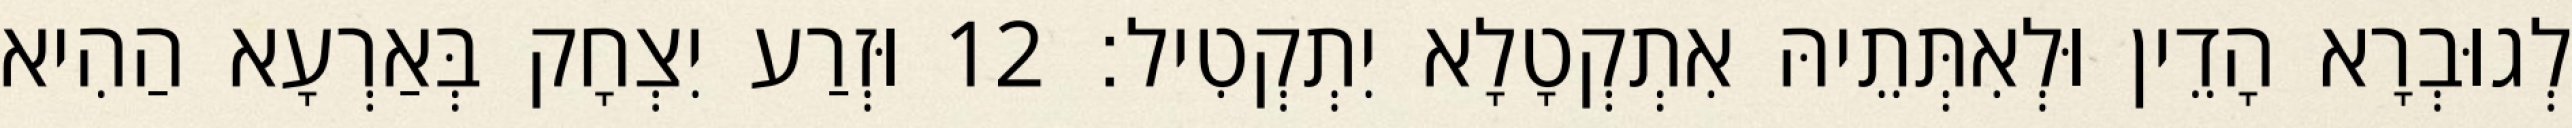
לְגוּבְרָא הָדֵין וּלְאִתְּתֵיהּ אִתְקְטָלָא יִתְקְטִיל׃ 12 וּזְרַע יִצְחָק בְּאַרְעָא הַהִיא